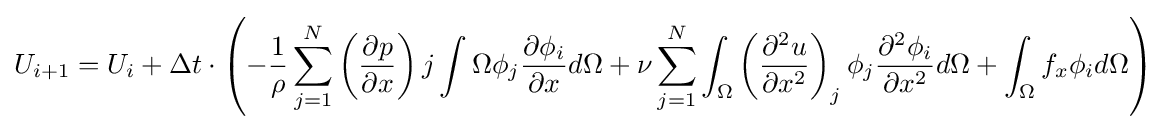
U_{i+1}=U_{i}+\Delta t\cdot \left(-{\frac {1}{\rho }}\sum _{j=1}^{N}\left({\frac {\partial p}{\partial x}}\right)j\int {\Omega }\phi _{j}{\frac {\partial \phi _{i}}{\partial x}}d\Omega +\nu \sum _{j=1}^{N}\int _{\Omega }\left({\frac {\partial ^{2}u}{\partial x^{2}}}\right)_{j}\phi _{j}{\frac {\partial ^{2}\phi _{i}}{\partial x^{2}}}d\Omega +\int _{\Omega }f_{x}\phi _{i}d\Omega \right)